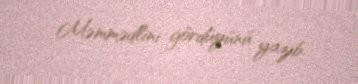
Məmmədlini gördüyünü yazıb.